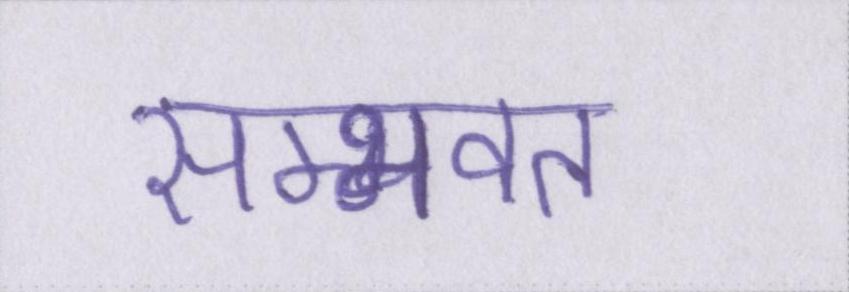
सम्भवत